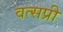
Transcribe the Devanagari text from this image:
वत्सप्री